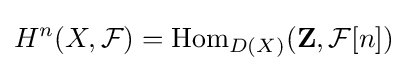
H^{n}(X,{\mathcal {F}})=\operatorname {Hom} _{D(X)}(\mathbf {Z} ,{\mathcal {F}}[n])